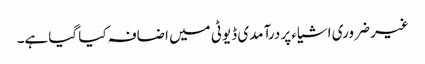
غیر ضروری اشیاء پر درآمدی ڈیوٹی میں اضافہ کیا گیا ہے۔